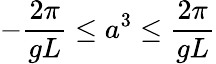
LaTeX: -\frac{2\pi}{gL}\leq a^{3}\leq\frac{2\pi}{gL}